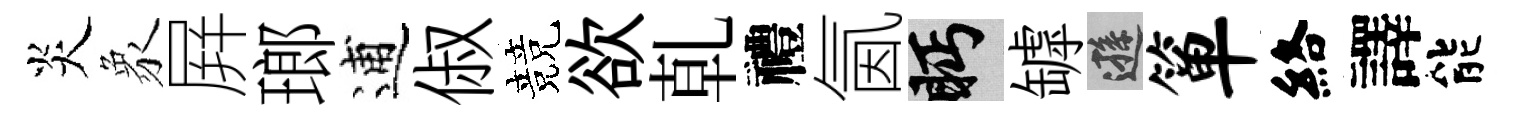
炎象屛瑯逋俶競欲乹禮氤眄罅遜箪絡譯能